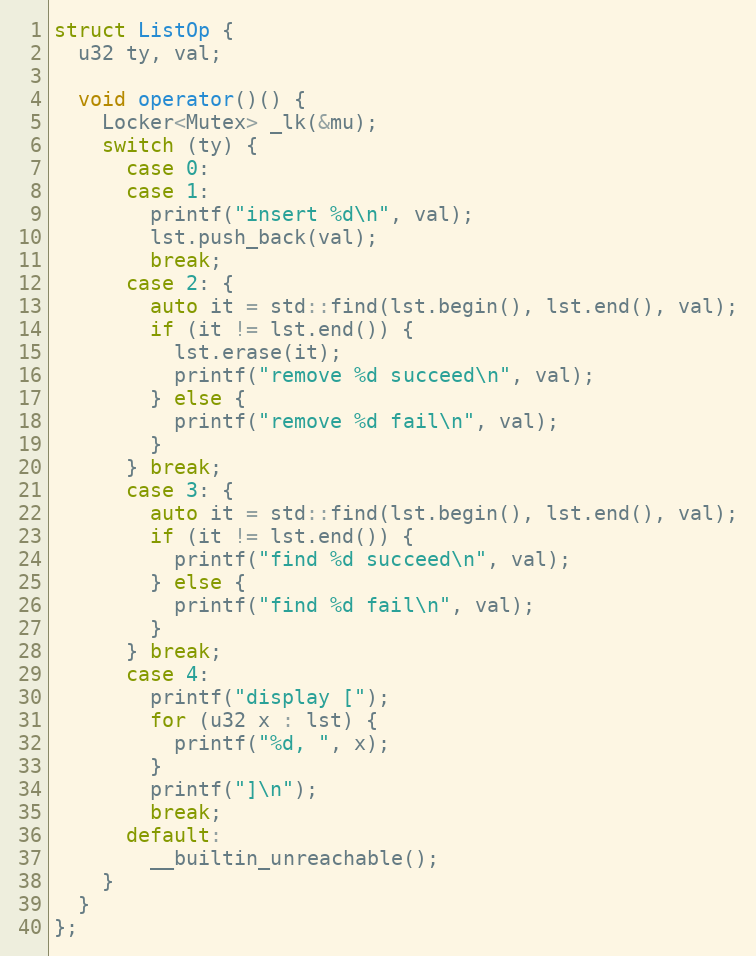
Language: C++
struct ListOp {
  u32 ty, val;

  void operator()() {
    Locker<Mutex> _lk(&mu);
    switch (ty) {
      case 0:
      case 1:
        printf("insert %d\n", val);
        lst.push_back(val);
        break;
      case 2: {
        auto it = std::find(lst.begin(), lst.end(), val);
        if (it != lst.end()) {
          lst.erase(it);
          printf("remove %d succeed\n", val);
        } else {
          printf("remove %d fail\n", val);
        }
      } break;
      case 3: {
        auto it = std::find(lst.begin(), lst.end(), val);
        if (it != lst.end()) {
          printf("find %d succeed\n", val);
        } else {
          printf("find %d fail\n", val);
        }
      } break;
      case 4:
        printf("display [");
        for (u32 x : lst) {
          printf("%d, ", x);
        }
        printf("]\n");
        break;
      default:
        __builtin_unreachable();
    }
  }
};